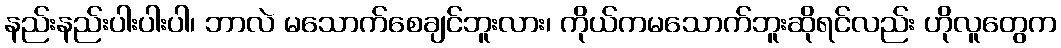
နည်းနည်းပါးပါးပါ၊ ဘာလဲ မသောက်စေချင်ဘူးလား၊ ကိုယ်ကမသောက်ဘူးဆိုရင်လည်း ဟိုလူတွေက